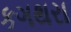
કગથરા